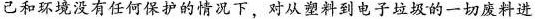
己和环境没有任何保护的情况下，对从塑料到电子垃圾的一切废料进